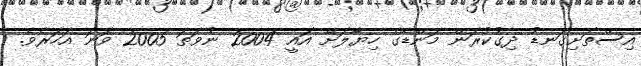
އިސްތަށިގަނޑު ދިގުކުރަން މަންޑޭގެ ހިޔާލަށް އައީ 2004 ނުވަތަ 2005 ވަނަ އަހަރެވެ.